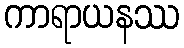
ကာရာယနဿ